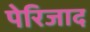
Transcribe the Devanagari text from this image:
पेरिजाद